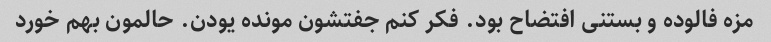
مزه فالوده و بستنی افتضاح بود. فکر کنم جفتشون مونده یودن. حالمون بهم خورد